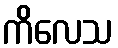
ကိလေသ